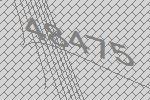
48475